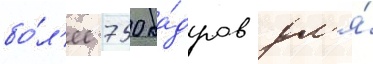
бо́л'ее 750 ка́дров дл'я́